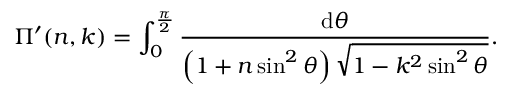
\Pi ^ { \prime } ( n , k ) = \int _ { 0 } ^ { \frac { \pi } { 2 } } { \frac { \mathrm { d } \theta } { \left( 1 + n \sin ^ { 2 } \theta \right) { \sqrt { 1 - k ^ { 2 } \sin ^ { 2 } \theta } } } } .